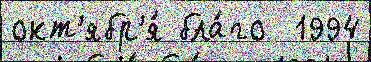
окт'ябр'я́ бла́го  1994